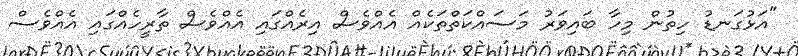
"އަޅުގަނޑު ހިތުން މިހާ ބައިވަރު މަސައްކަތްތަކެއް އެއްވެސް އިރެއްގައި އެއްވެސް ތާރީހެއްގައި އެއްވެސް